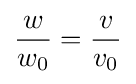
{\frac {w}{w_{0}}}={\frac {v}{v_{0}}}